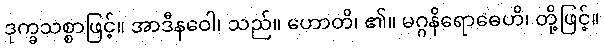
ဒုက္ခသစ္စာဖြင့်။ အာဒီနဝေါ၊ သည်။ ဟောတိ၊ ၏။ မဂ္ဂနိရောဓေဟိ၊ တို့ဖြင့်။